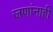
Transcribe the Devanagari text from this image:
जणांनाही